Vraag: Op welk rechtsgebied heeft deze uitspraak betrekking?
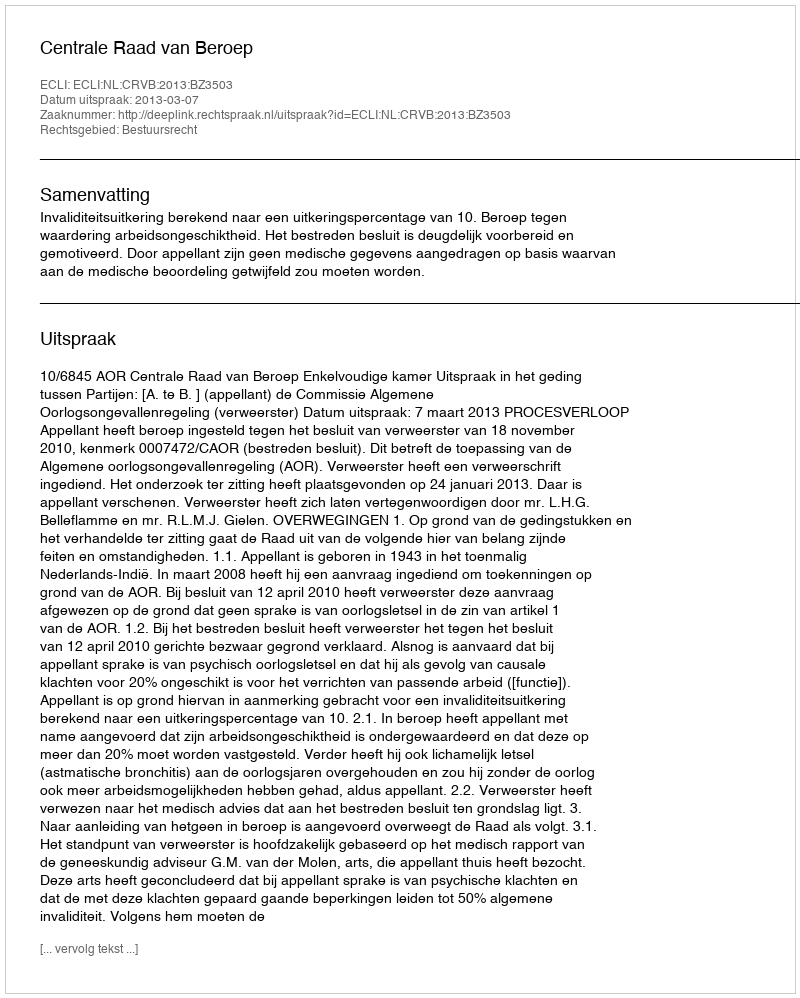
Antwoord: Bestuursrecht